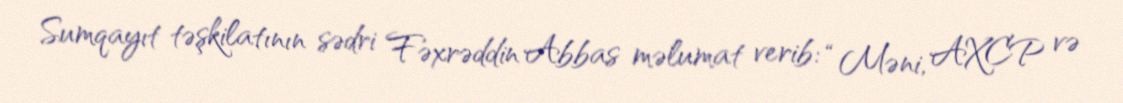
Sumqayıt təşkilatının sədri Fəxrəddin Abbas məlumat verib: “Məni, AXCP və